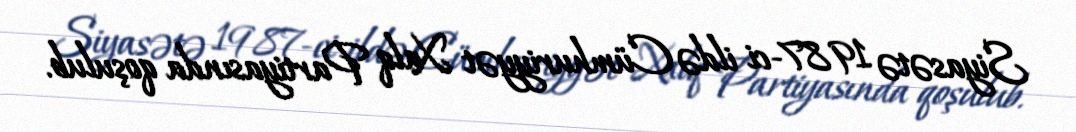
Siyasətə 1987-ci ildə Cümhuriyyət Xalq Partiyasında qoşulub.